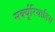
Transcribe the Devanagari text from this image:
मर्क्यूरियाडिस